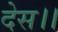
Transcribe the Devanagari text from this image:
देस।।